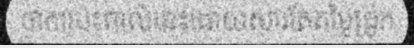
ថាការប៉ះពាល់នេះដោយសារតែតម្លៃជ្រូក